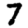
Digit: 7